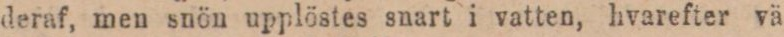
deraf, men snön upplöstes snart i vatten, hvarefter vä